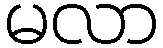
မလာ